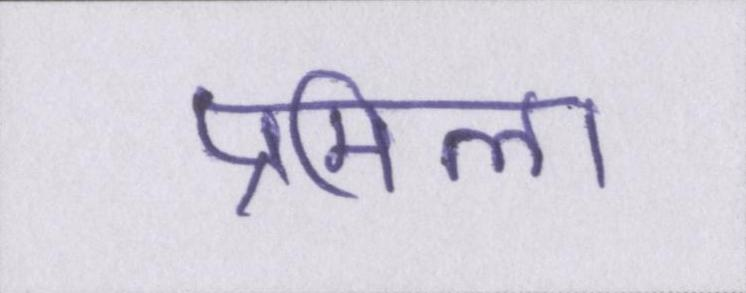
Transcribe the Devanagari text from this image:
प्रमिला